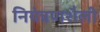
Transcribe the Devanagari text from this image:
नियंत्रणशैली